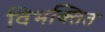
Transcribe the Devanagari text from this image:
विभक्तित